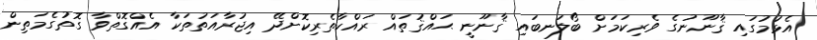
އެޅުމުގައި ޤާނޫނުގެ ވެރިކަމަށް ބޯލަނބައި ޤާނޫނީ ޙައްޤުތައް ރައްކާތެރިކޮށްދޭ އިޖުރާއަތުތަކާ އެއްގޮތްވާ ގޮތުގެމަތިން